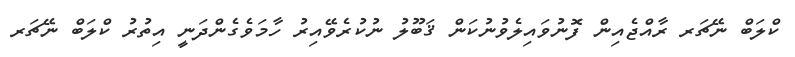
ކްލަބް ނޭޗަރ ރާއްޖެއިން ފޮނުވައިލެވުނުކަން ޤަބޫލު ނުކުރެވޭއިރު ހާމަވެގެންދަނީ އިތުރު ކްލަބް ނޭޗަރ